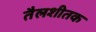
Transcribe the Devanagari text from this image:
तैलशीतक